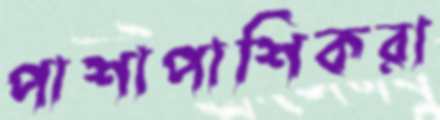
পাশাপাশিকরা